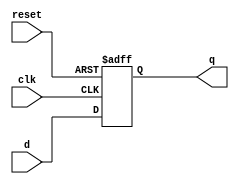
`timescale 1ns / 1ps
//////////////////////////////////////////////////////////////////////////////////
// Company: 
// Engineer: 
// 
// Design Name: 
// Module Name:    d_flipflop 
// Project Name: 
// Target Devices: 
// Tool versions: 
// Description: 
//
// Dependencies: 
//
// Revision: 
// Revision 0.01 - File Created
// Additional Comments: 
//
//////////////////////////////////////////////////////////////////////////////////
module d_flipflop(clk, reset,d,q);
input clk, reset,d;
output q;
reg q;
wire clk, reset, d;

always @(posedge clk or posedge reset)
    if (reset) begin 
        q<=1'b0;
        end
        else begin 
           q<=d;
    end        
endmodule